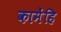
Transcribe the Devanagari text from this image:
कामेंहि